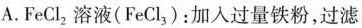
A.FeCl_{2}溶液(FeCl_{3})：加入过量铁粉，过滤